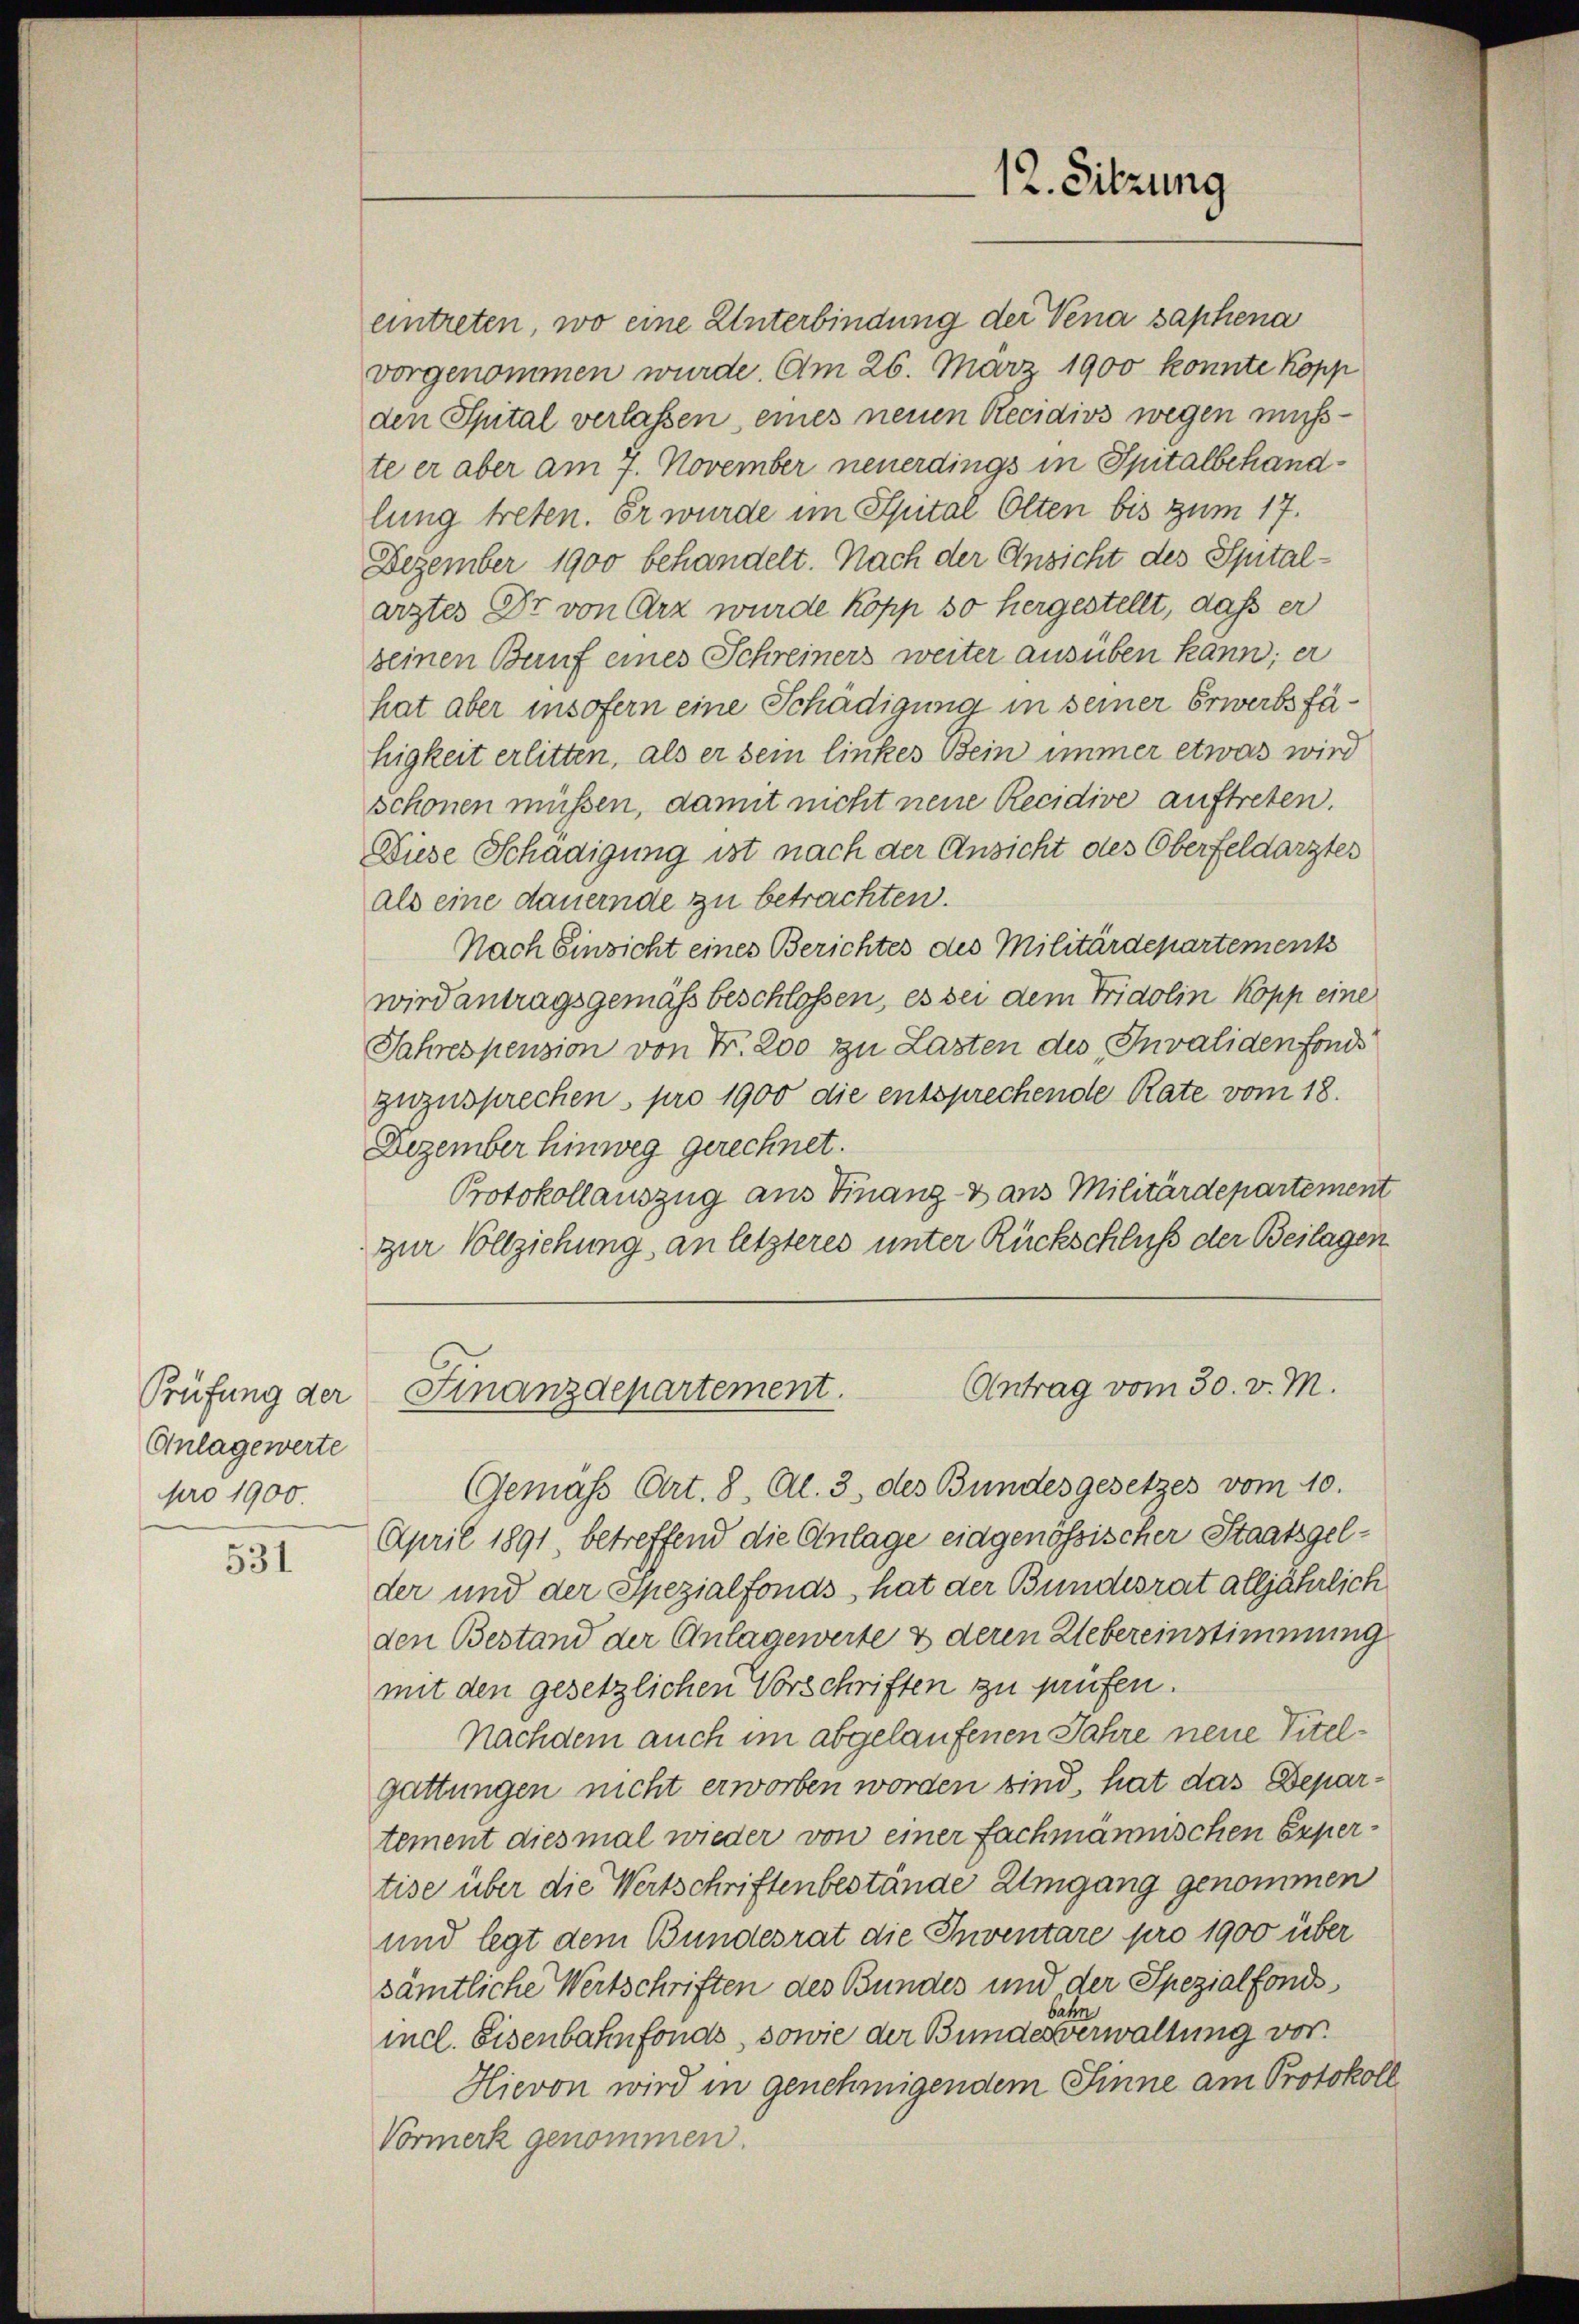
Prüfung der
Anlagewerte
pro 1900.

531

12. Sitzung

eintreten, wo eine Unterbindung der Vena saphena
vorgenommen wurde. Am 26. März 1900 konnte Kopp
den Spital verlassen, eines neuen Recidivs wegen mußte er aber am 7. November neuerdings in Spitalbehandlung treten. Er wurde im Spital Olten bis zum 17.
Dezember 1900 behandelt. Nach der Ansicht des Spitalarztes Dr. von Arz wurde köpp so hergestellt, daß er
seinen Bunf eines Schreiners weiter ausüben kann; er
hat aber insofern eine Schädigung in seiner Erwerbsfähigkeit erlitten, als er sein linkes Bein immer etwas wird
schonen müssen, damit nicht neue Recidive auftreten.
Diese Schädigung ist nach der Ansicht des Oberfeldarztes
als eine dauernde zu betrachten.
Nach Einsicht eines Berichtes des Militärdepartements
wird antragsgemäß beschlossen, es sei dem Fridolin Kopp eine
Jahrespension von Fr. 200 zu Lasten des Invaliden fonds
zuzusprechen pro 1900 die entsprechende Rate vom 18.
Dezember hinweg gerechnet.
Protokollauszug aus Finanz & aus Militärdepartement
zur Vollziehung, an letzteres unter Rückschluß der Beilagen

Antrag vom 30. v. M.
Finanzdepartement.

Gemäss Art. 8, Al. 3, des Bundesgesetzes vom 10.
April 1891 betreffend die Anlage eidgenössischer Staatsgelder und der Spezialfonds, hat der Bundesrat alljährlich
den Bestand der Anlagewerte & deren Uebereinstimmung
mit den gesetzlichen Vorschriften zu prüfen.
Nachdem auch im abgelaufenen Jahre neue Titelgattungen nicht erworben worden sind, hat das Departement diesmal wieder von einer fachmännischen Expertise über die Wertschriftenbestände Umgang genommen
und legt dem Bundesrat die Inventare pro 1900 über
sämtliche Wertschriften des Bundes und der Spezialfondsbahn
incl. Eisenbahnfonds, sowie der Bundesverwaltung vor.
Hievon wird in genehmigendem Sinne am Protokoll
Vormerk genommen.